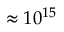
\approx 1 0 ^ { 1 5 }